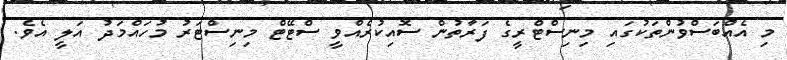
މި އެއްބަސްވުންތަކުގައި މިނިސްޓްރީގެ ފަރާތުން ސޮއިކުރެއްވީ ސްޓޭޓް މިނިސްޓަރު މުހައްމަދު އަލީ އެވެ.